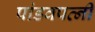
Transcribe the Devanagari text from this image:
पांडवपत्‍नी